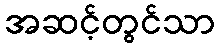
အဆင့်တွင်သာ